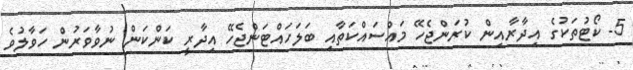
5- ކޯޓުތަކުގެ އިދާރާއިން ކުރަންޖެހޭ މައްސައްކަތާއި ބަލަހައްޓަންޖެހޭ އިދާރީ ކަންކަން ނުވާވަރުން ހަވާލުވެ